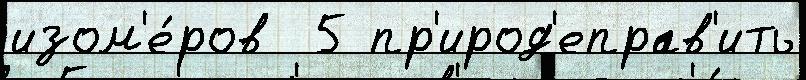
изом'е́ров  5 пр'ирод'еправ'ить